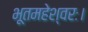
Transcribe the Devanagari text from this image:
भूतमहेश्वरः।